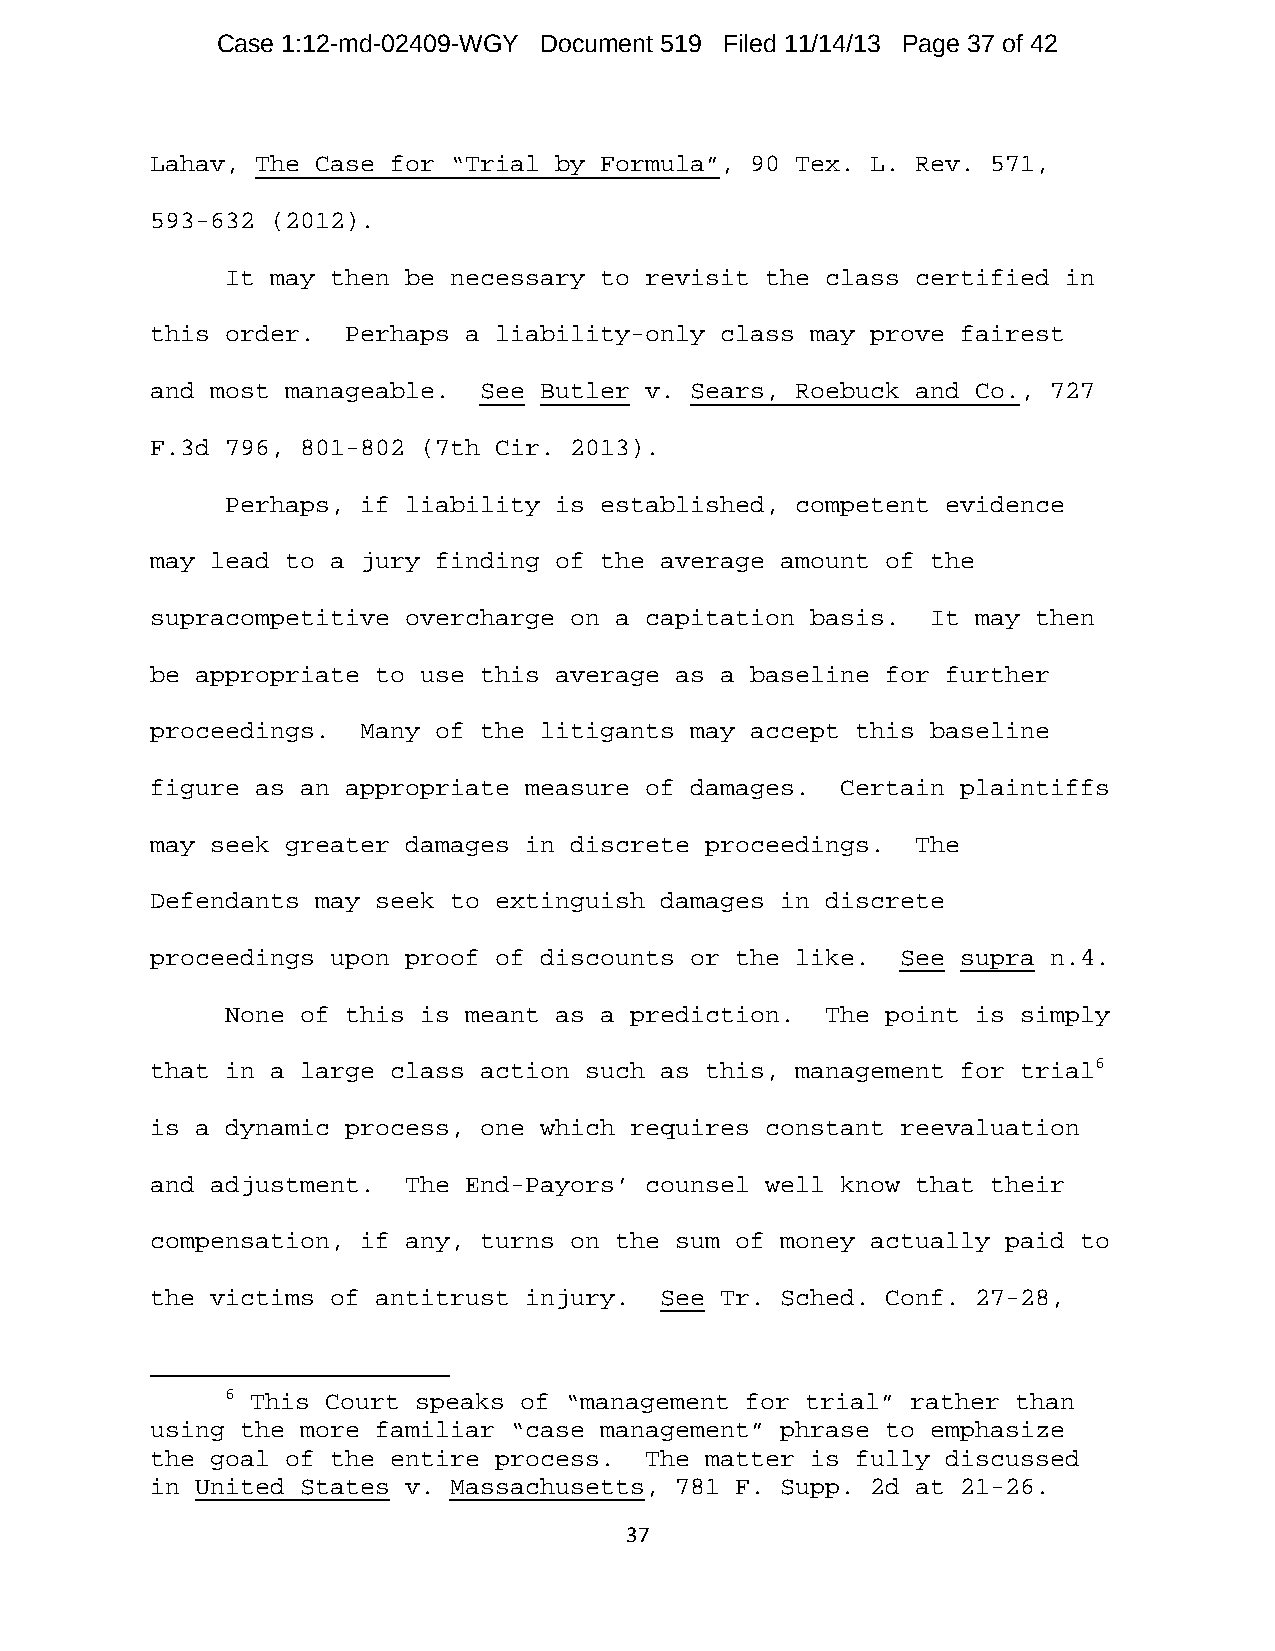
Case 1:12-md-02409-WGY Document 519 Filed 11/14/13 Page 37 of 42
 Lahav, The Case for “Trial by Formula”, 90 Tex. L. Rev. 571,
 593-632 (2012).
 It may then be necessary to revisit the class certified in
 this order.  Perhaps a liability-only class may prove fairest
 and most manageable.  See Butler v. Sears, Roebuck and Co., 727
 F.3d 796, 801-802 (7th Cir. 2013).
 Perhaps, if liability is established, competent evidence
 may lead to a jury finding of the average amount of the
 supracompetitive overcharge on a capitation basis.  It may then
 be appropriate to use this average as a baseline for further
 proceedings.  Many of the litigants may accept this baseline
 figure as an appropriate measure of damages.  Certain plaintiffs
 may seek greater damages in discrete proceedings.  The
 Defendants may seek to extinguish damages in discrete
 proceedings upon proof of discounts or the like.  See supra n.4.
 None of this is meant as a prediction.  The point is simply
 that in a large class action such as this, management for trial6
 is a dynamic process, one which requires constant reevaluation
 and adjustment.  The End-Payors’ counsel well know that their
 compensation, if any, turns on the sum of money actually paid to
 the victims of antitrust injury.  See Tr. Sched. Conf. 27-28,
 6 This Court speaks of “management for trial” rather than
 using the more familiar “case management” phrase to emphasize
 the goal of the entire process.  The matter is fully discussed
 in United States v. Massachusetts, 781 F. Supp. 2d at 21-26.
 37